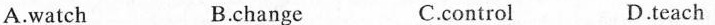
A.watch B.change C.control D.teach